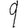
Digit: 9